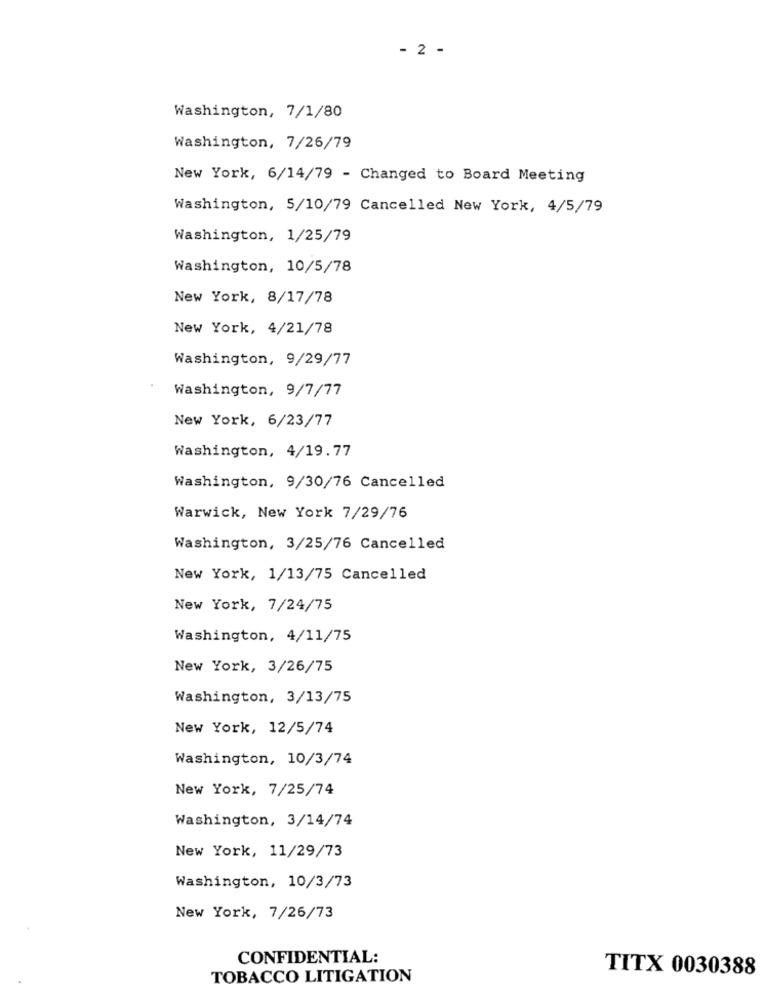
- 2 -
Washington, 7/1/80
Washington, 7/26/79
New York, 6/14/79 - Changed to Board Meeting
Washington, 5/10/79 Cancelled New York, 4/5/79
Washington, 1/25/79
Washington, 10/5/78
New York, 8/17/78
New York, 4/21/78
Washington, 9/29/77
Washington, 9/7/77
New York, 6/23/77
Washington, 4/19.77
Washington, 9/30/76 Cancelled
Warwick, New York 7/29/76
Washington, 3/25/76 Cancelled
New York, 1/13/75 Cancelled
New York, 7/24/75
Washington, 4/11/75
New York, 3/26/75
Washington, 3/13/75
New York, 12/5/74
Washington, 10/3/74
New York, 7/25/74
Washington, 3/14/74
New York, 11/29/73
Washington, 10/3/73
New York, 7/26/73
CONFIDENTIAL:
TITX 0030388
TOBACCO LITIGATION